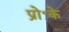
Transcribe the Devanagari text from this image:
प्रो॰के